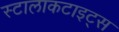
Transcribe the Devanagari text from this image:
स्टालाकटाइट्स